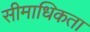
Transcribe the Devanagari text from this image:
सीमाधिकता